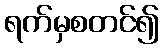
ရက်မှစတင်၍